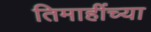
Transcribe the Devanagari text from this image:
तिमाहींच्या